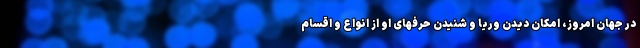
در جهان امروز، امکان دیدن وریا و شنیدن حرفهای او از انواع و اقسام